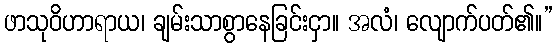
ဖာသုဝိဟာရာယ၊ ချမ်းသာစွာနေခြင်းငှာ။ အလံ၊ လျောက်ပတ်၏။”